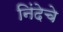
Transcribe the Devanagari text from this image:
निंदेचे